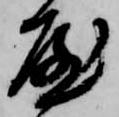
屋